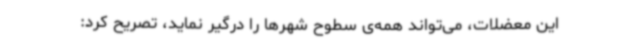
این معضلات، می‌تواند همه‌ی سطوح شهرها را درگیر نماید، تصریح کرد: